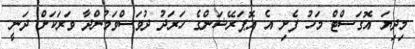
މިދިޔަ އޮގަސްޓް މަހު ފެށި އެ އޮޕަރޭޝަންގެ ހަރަދު ދުވަސްވަމުންދާ ވަރަކަށް ދަނީ